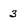
Character: 3